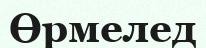
Өрмелед